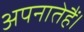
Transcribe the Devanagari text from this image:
अपनातेहैं।